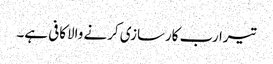
تیرا رب کارسازی کرنے والاکافی ہے۔